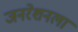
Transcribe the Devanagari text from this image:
जनरेशनला